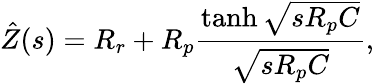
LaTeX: \hat{Z}(s)=R_{r}+R_{p}\frac{\operatorname{tanh}\sqrt{sR_{p}C}}{\sqrt{sR_{p}C}},